NASA-UAP-D4, Apollo 11 Technical Crew Debriefing, 1969
Page 4
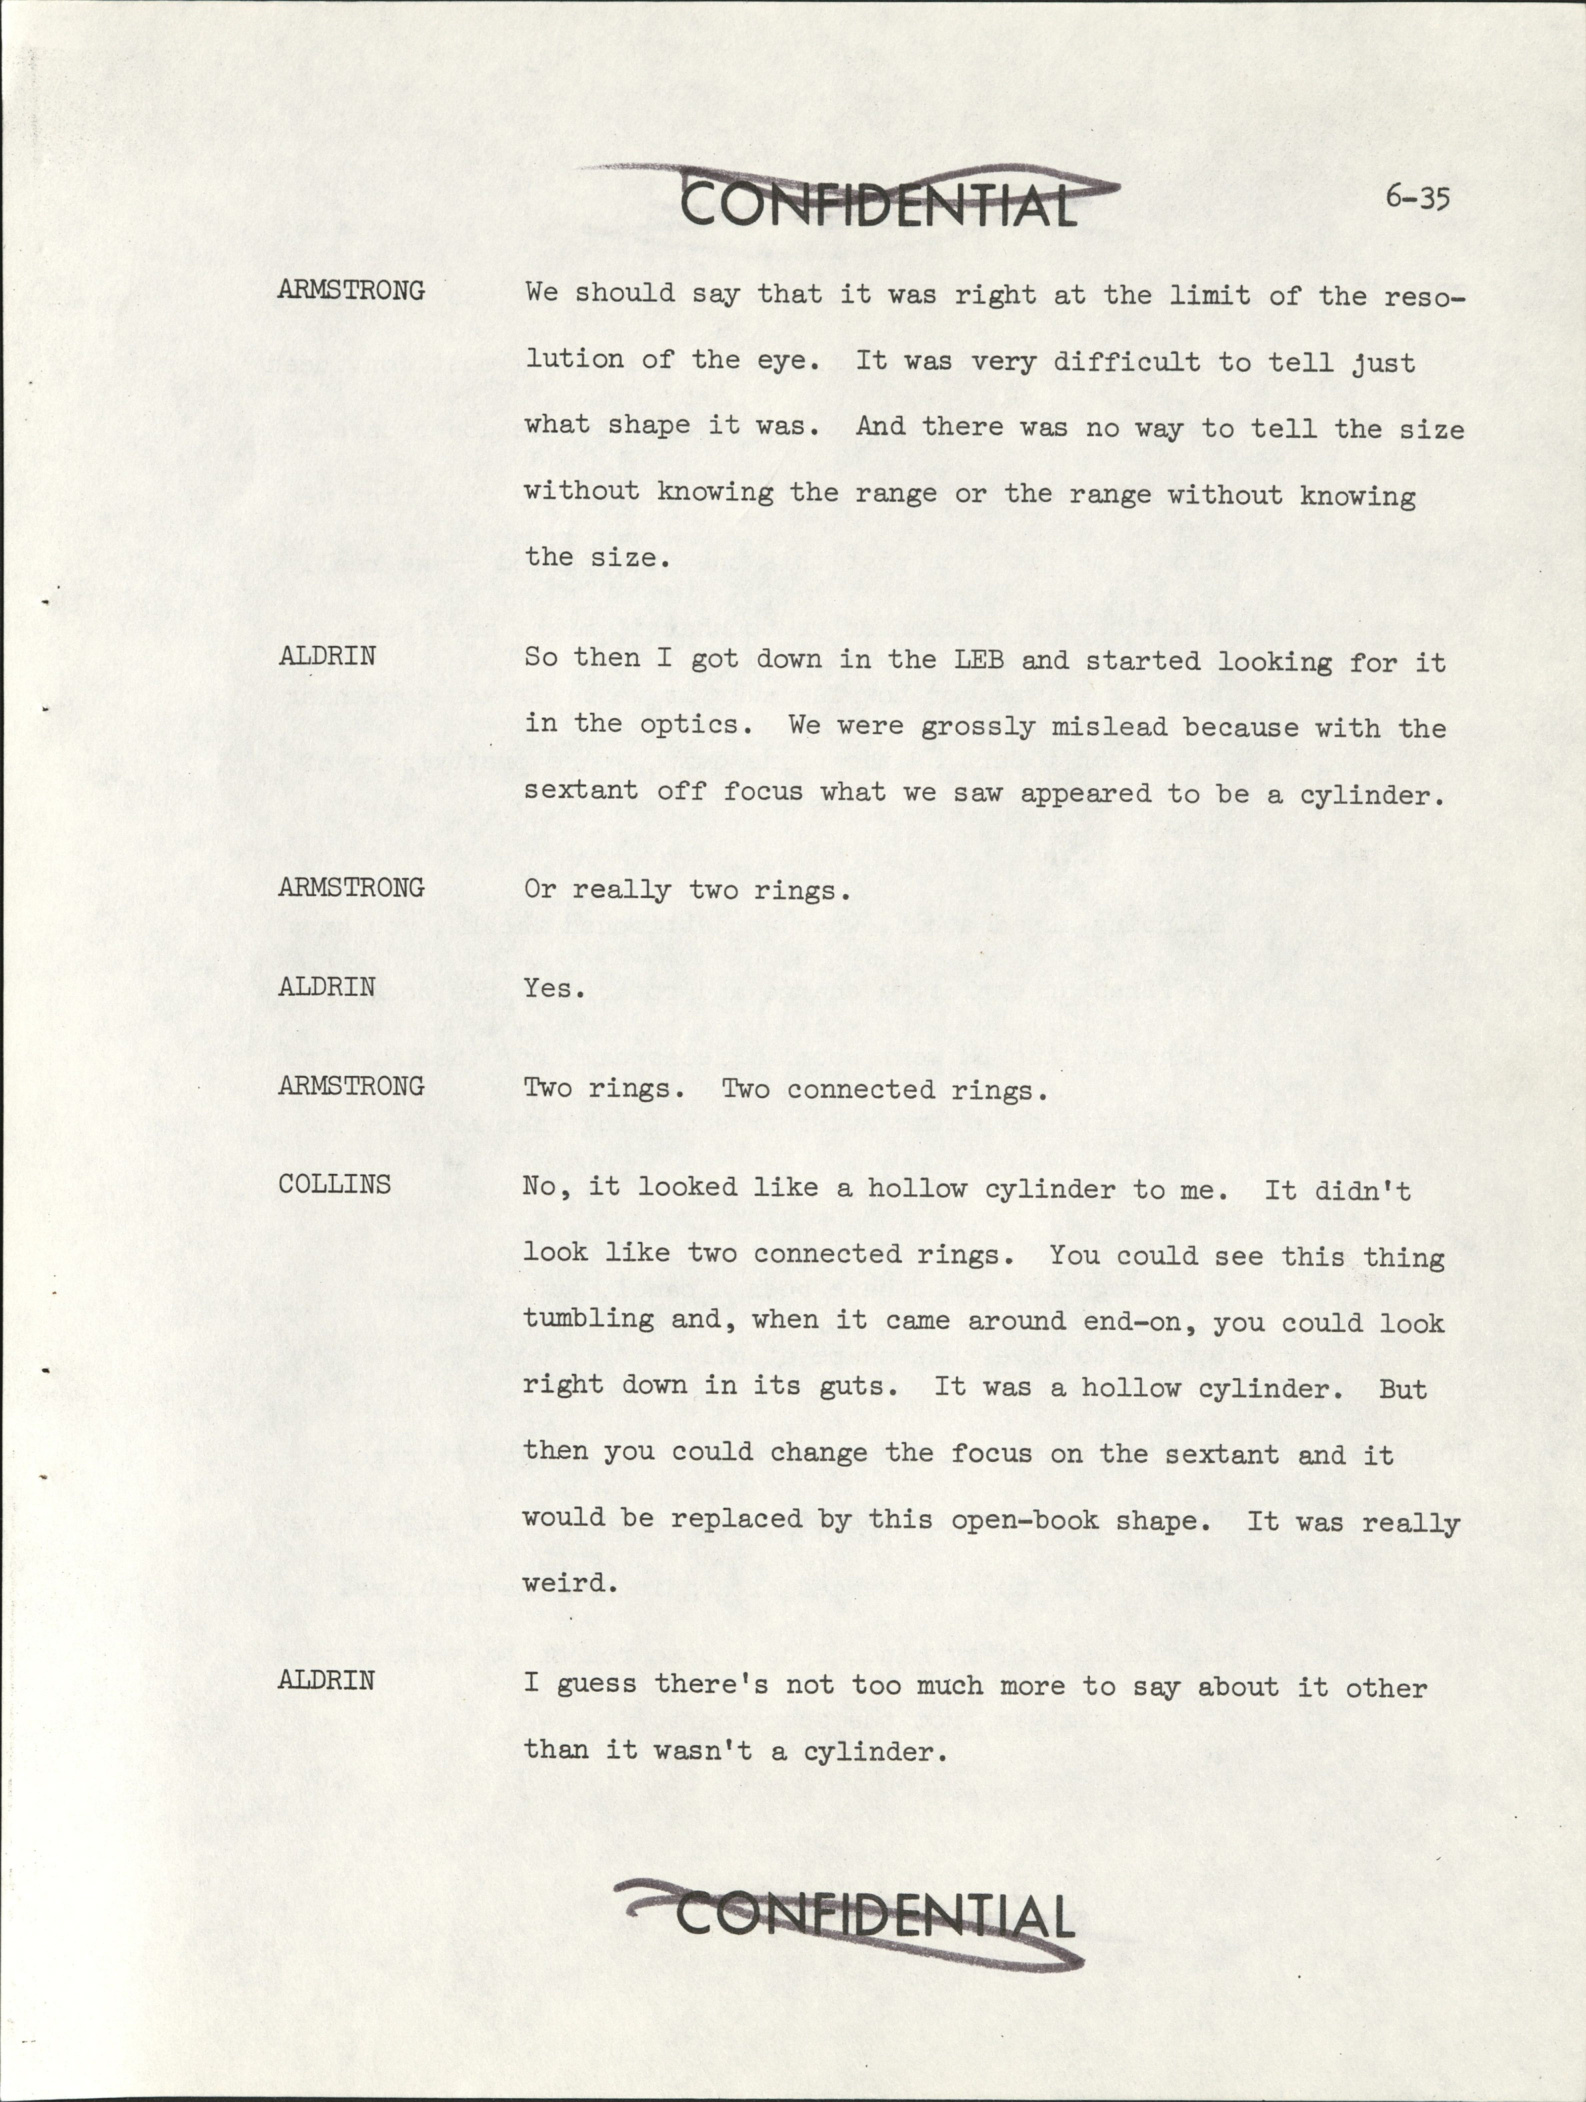